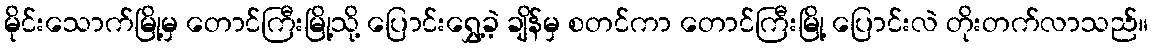
မိုင်းသောက်မြို့မှ တောင်ကြီးမြို့သို့ ပြောင်းရွှေ့ခဲ့ ချိန်မှ စတင်ကာ တောင်ကြီးမြို့ ပြောင်းလဲ တိုးတက်လာသည်။